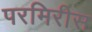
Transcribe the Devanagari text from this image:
परमिरीस